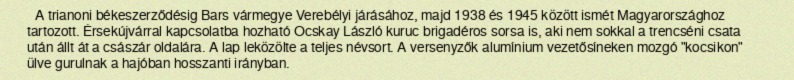
A trianoni békeszerződésig Bars vármegye Verebélyi járásához, majd 1938 és 1945 között ismét Magyarországhoz tartozott. Érsekújvárral kapcsolatba hozható Ocskay László kuruc brigadéros sorsa is, aki nem sokkal a trencséni csata után állt át a császár oldalára. A lap leközölte a teljes névsort. A versenyzők alumínium vezetősíneken mozgó "kocsikon" ülve gurulnak a hajóban hosszanti irányban.